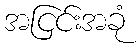
အငြင်းအခုံ